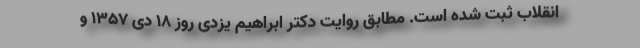
انقلاب ثبت شده است. مطابق روایت دکتر ابراهیم یزدی روز 18 دی 1357 و